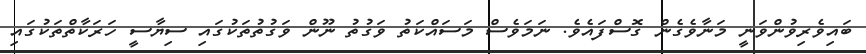
ބައިވެރިވުންވަނީ މަނާވެގެން ގޮސްފައެވެ. ނަމަވެސް މަސައްކަތު ވަގުތު ނޫން ވަގުތުތަކުގައި ސިޔާސީ ހަރަކާތްތަކުގައި